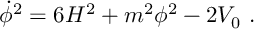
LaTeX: \dot { \phi } ^ { 2 } = 6 H ^ { 2 } + m ^ { 2 } \phi ^ { 2 } - 2 V _ { 0 } \ .